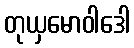
တုယှမောဝါဒေါ